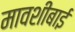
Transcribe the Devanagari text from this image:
मावशीबाई